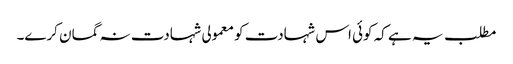
مطلب یہ ہے کہ کوئی اس شہادت کو معمولی شہادت نہ گمان کرے۔